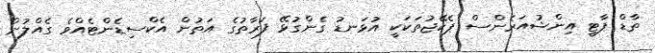
ތާޑް ޕާޓީ އިންޝުއަރެންސް ޕެކޭޖުތަކަކީ އުޅަނޑު ގެންގުޅޭ ފަރާތުގެ އަތުން އެކްސިޑެންޓެއްވެ ގެއްލުން